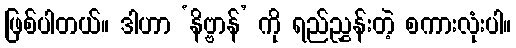
ဖြစ်ပါတယ်။ ဒါဟာ ‘နိဗ္ဗာန်’ ကို ရည်ညွှန်းတဲ့ စကားလုံးပါ။